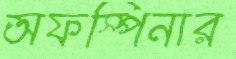
অফস্পিনার